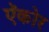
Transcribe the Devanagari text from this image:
ऍकोर